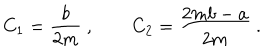
C _ { 1 } = \frac { b } { 2 m } \ , \qquad C _ { 2 } = \frac { 2 m b - a } { 2 m } \ .